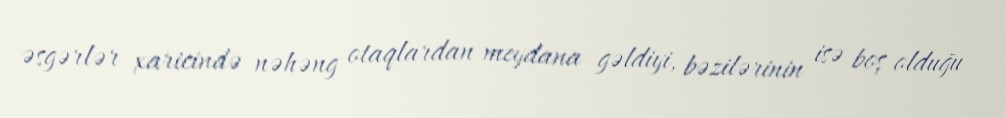
əsgərlər xaricində nəhəng otaqlardan meydana gəldiyi, bəzilərinin isə boş olduğu